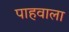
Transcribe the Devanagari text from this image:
पाहवाला